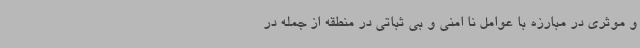
و موثری در مبارزه با عوامل نا امنی و بی ثباتی در منطقه از جمله در